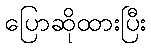
ပြောဆိုထားပြီး